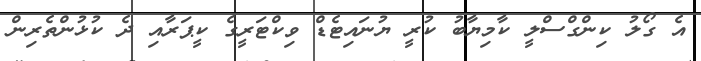
އެ ގޯލު ކިންގްސްލީ ކާމިޔާބު ކުރީ ޔުނައިޓެޑް ވިކްޓަރީގެ ކީޕަރާއި ދެ ކުޅުންތެރިން